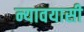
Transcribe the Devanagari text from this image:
न्यावयासी